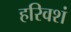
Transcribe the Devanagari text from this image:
हरिवशं